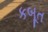
કબૂત